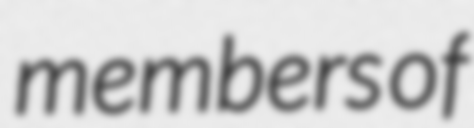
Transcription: members of